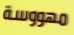
مهووسة